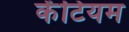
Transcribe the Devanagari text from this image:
केंटियम